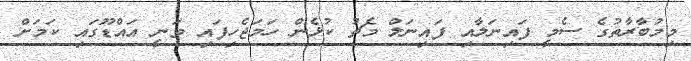
މިމުބާރާތުގެ ސެމީ ފައިނަލާއި ފައިނަލް މެޗު ކުޅެން ހަމަޖެހިފައި ވަނީ އައްޑޫގައި ކަަމަށް